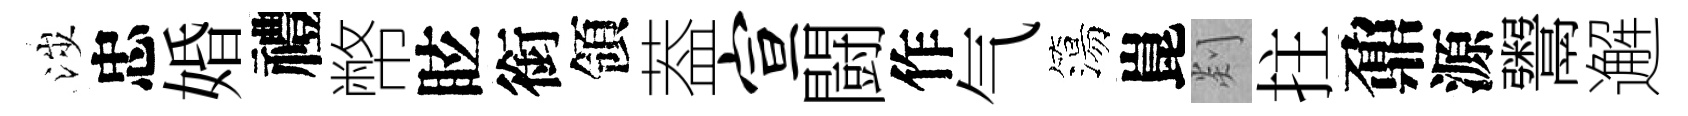
涉忠婚禮幣眩銜領葢宣闘作气簜崑剡拄鼐源鬻邂